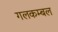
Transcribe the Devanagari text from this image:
गलकम्बल